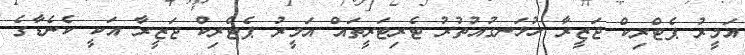
އަމީރު ޕެޓްރިކް ޖަޒީރާ ހުޅަނގުއުތުރު ޓެރިޓަރީތައް އަމީރު ޕެޓްރިކް ޖަޒީރާ އަކީ ކެނެޑާގެ